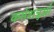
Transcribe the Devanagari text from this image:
कर्मशत्रुओं